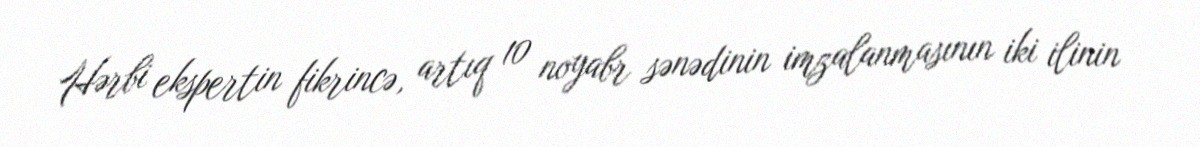
Hərbi ekspertin fikrincə, artıq 10 noyabr sənədinin imzalanmasının iki ilinin